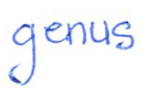
Text: genus
Cross-out: clean
Writing tool: ballpoint